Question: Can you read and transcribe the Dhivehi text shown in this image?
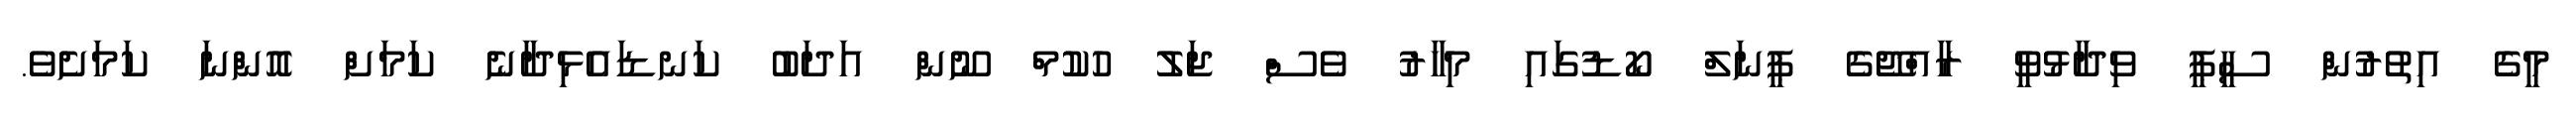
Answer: މީގެ އިތުރުން ސީޕީ ވިދާޅުވީ ރާއްޖޭގެ ޕީނަލް ކޯޑުގައި މިހާރު ވެސް ޖަލު ހުކުމް ނޫން އަދަބު ކަނޑައެޅިދާނެ ކަމަށް އޮންނަ ކަމަށެވެ.